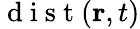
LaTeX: \mathrm{~d~i~s~t~}(\textbf{r},t)